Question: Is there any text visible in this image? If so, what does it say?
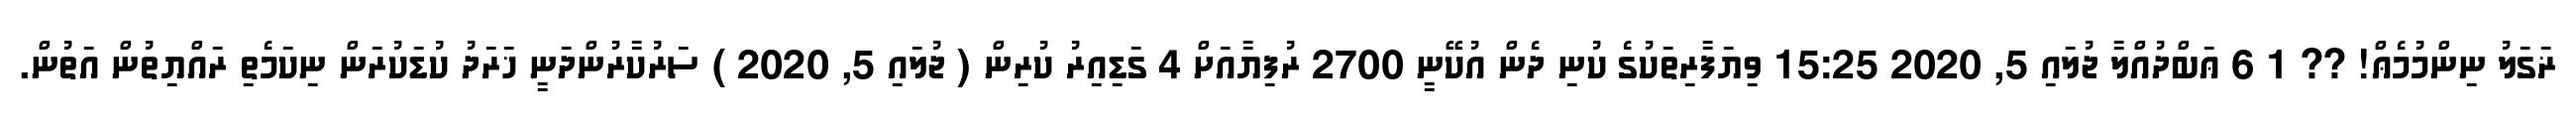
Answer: ޜަގަލު ނިންމުމެޢް! ?? 1 6 ޢަބްދުއްލާ ޖުލައި 5, 2020 15:25 ވިޔަފާރިތަކުގެ ކުނި ދެން އުކޭނީ 2700 ރުފިޔާއަށް 4 ގަޑިއިރު ކުރިން ( ޖުލައި 5, 2020 ) ސަރުކާރުންދަނީ ޚަރަދު ކުޑަކުރަން ނިކަމެތި ރައްޔިތުން އަތުން.